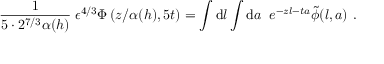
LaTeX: { \frac { 1 } { 5 \cdot 2 ^ { 7 / 3 } \alpha ( h ) } } \; { \epsilon ^ { 4 / 3 } \Phi \left( { z / \alpha ( h ) } , 5 t \right) } = \int \mathrm { d } l \int \mathrm { d } a \; \; e ^ { - z l - t a } \tilde { \phi } ( l , a ) \ .